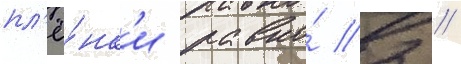
пл'ё́нк'и равно́ 2 //